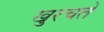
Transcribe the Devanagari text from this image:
खुरचते